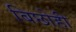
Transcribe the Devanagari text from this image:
बिछोही